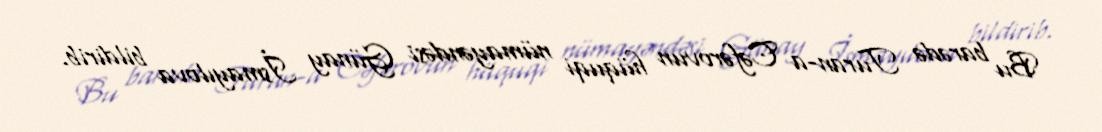
Bu barədə Turan-a Cəfərovun hüquqi nümayəndəsi Günay İsmayılova bildirib.